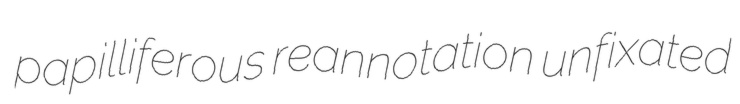
papilliferous reannotation unfixated